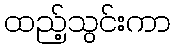
ထည့်သွင်းကာ